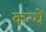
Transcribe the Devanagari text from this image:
कन्धें